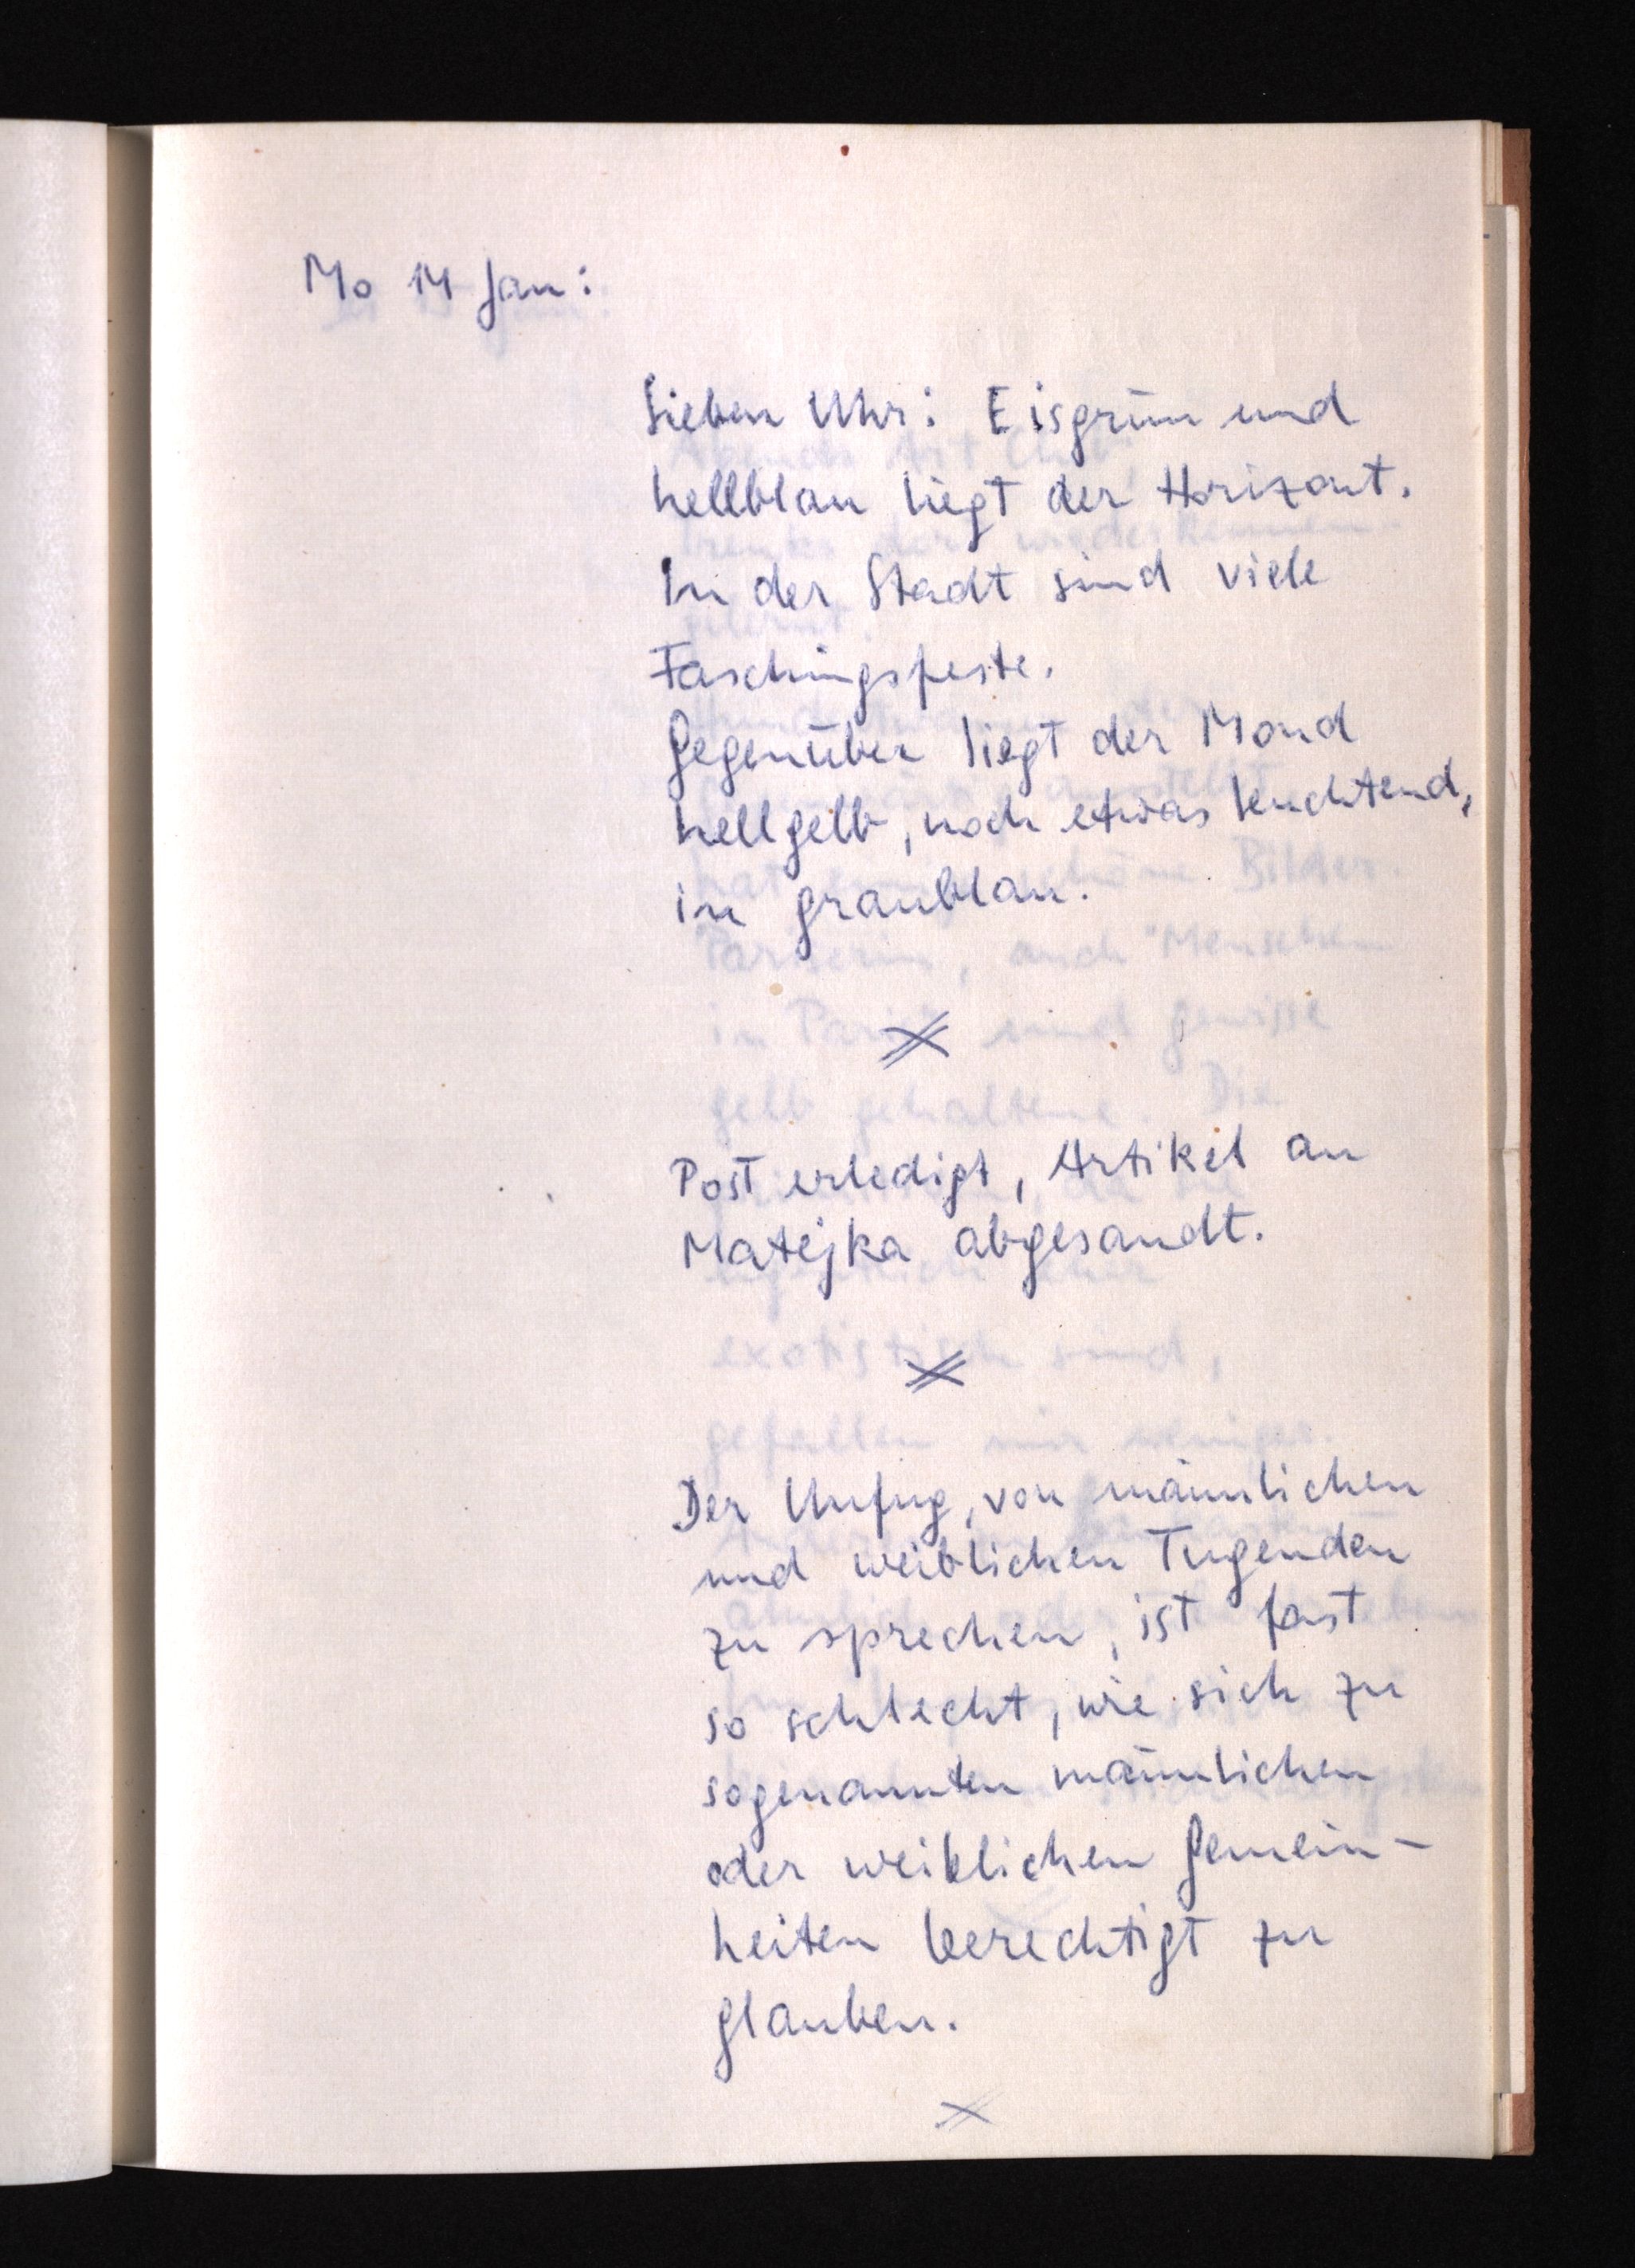
Mo 14 Jan:
Sieben Uhr: Eisgrün und
hellblau liegt der Horizont.
In der Stadt sind viele
Faschingsfeste.
Gegenüber liegt der Mond
hellgelb, noch etwas leuchtend,
in graublau.
Post erledigt, Artikel an
Matejka abgesandt.
Der Unfug von männlichen
und weiblichen Tugenden
zu sprechen, ist fast
so schlecht, wie sich zu
sogenannten männlichen
oder weiblichen Gemein¬
heiten berechtigt zu
glauben.